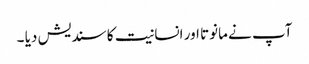
آپ نے مانوتا اور انسانیت کا سندیش دیا ۔